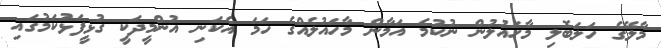
މާލޭގެ ހަލަބޮލި މާހައުލުން ނުކުމެ އަމާން މާހައުލެއްގެ ހަމަ އެކަނި އުންމީދަކީ ގުޅީފަޅުކަމުގައި